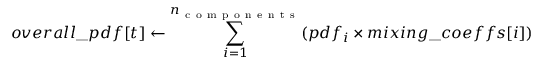
o v e r a l l \_ p d f [ t ] \leftarrow \sum _ { i = 1 } ^ { n _ { \mathrm { ~ c ~ o ~ m ~ p ~ o ~ n ~ e ~ n ~ t ~ s ~ } } } ( p d f _ { i } \times m i x i n g \_ c o e f f s [ i ] )